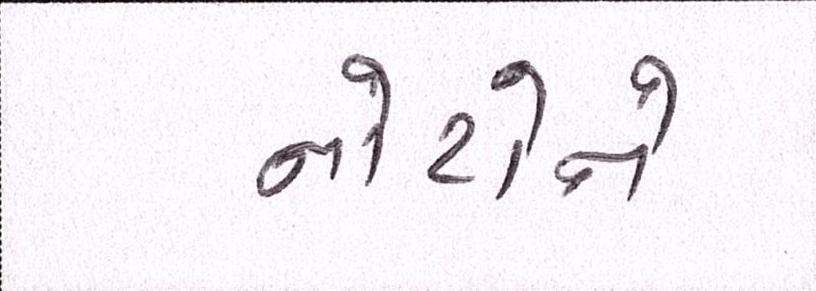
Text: નોટોને